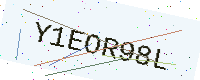
Text: Y1EOR98L